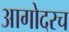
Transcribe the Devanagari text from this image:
आगोदरच